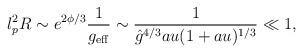
LaTeX: \begin{align*}l_p^2 R \sim e^{2\phi/3}\frac{1}{g_{\rm eff}} \sim \frac{1}{\hat{g}^{4/3}au (1 + au)^{1/3}} \ll 1,\end{align*}